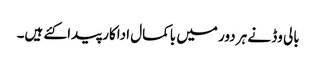
بالی وڈ نے ہر دور میں باکمال اداکار پیدا کئے ہیں۔